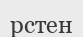
рстен